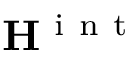
{ \bf { H } } ^ { \mathrm { ~ i ~ n ~ t ~ } }